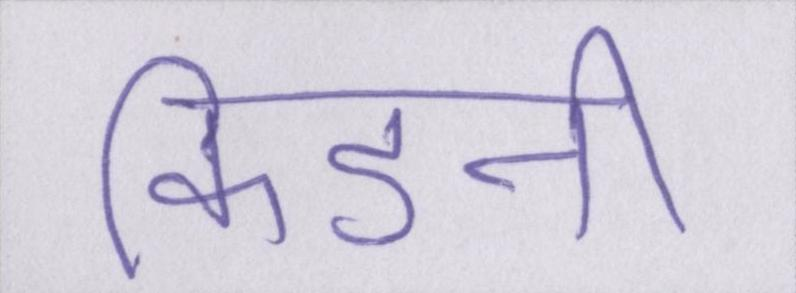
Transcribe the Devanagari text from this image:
किडनी